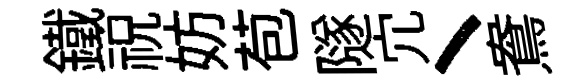
鐵祝妨苞隧宂丶鴦